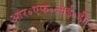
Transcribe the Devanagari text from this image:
आर॰एफ॰आई॰डी॰